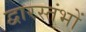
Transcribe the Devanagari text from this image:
द्वारस्तंभों